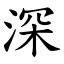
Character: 深